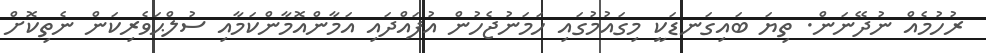
ރުހުމެއް ނުދޭނަން. ތިޔަ ބައިގަނޑަކީ މިގައުމުގައި ހަމަނުޖެހުން އުފައްދައި އަމާންއޮމާންކަމާއި ސުލްޙަވެރިކަން ނެތިކޮށް